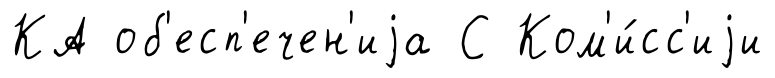
КА об'есп'ечен'иjа С Ком'и́сс'иjи